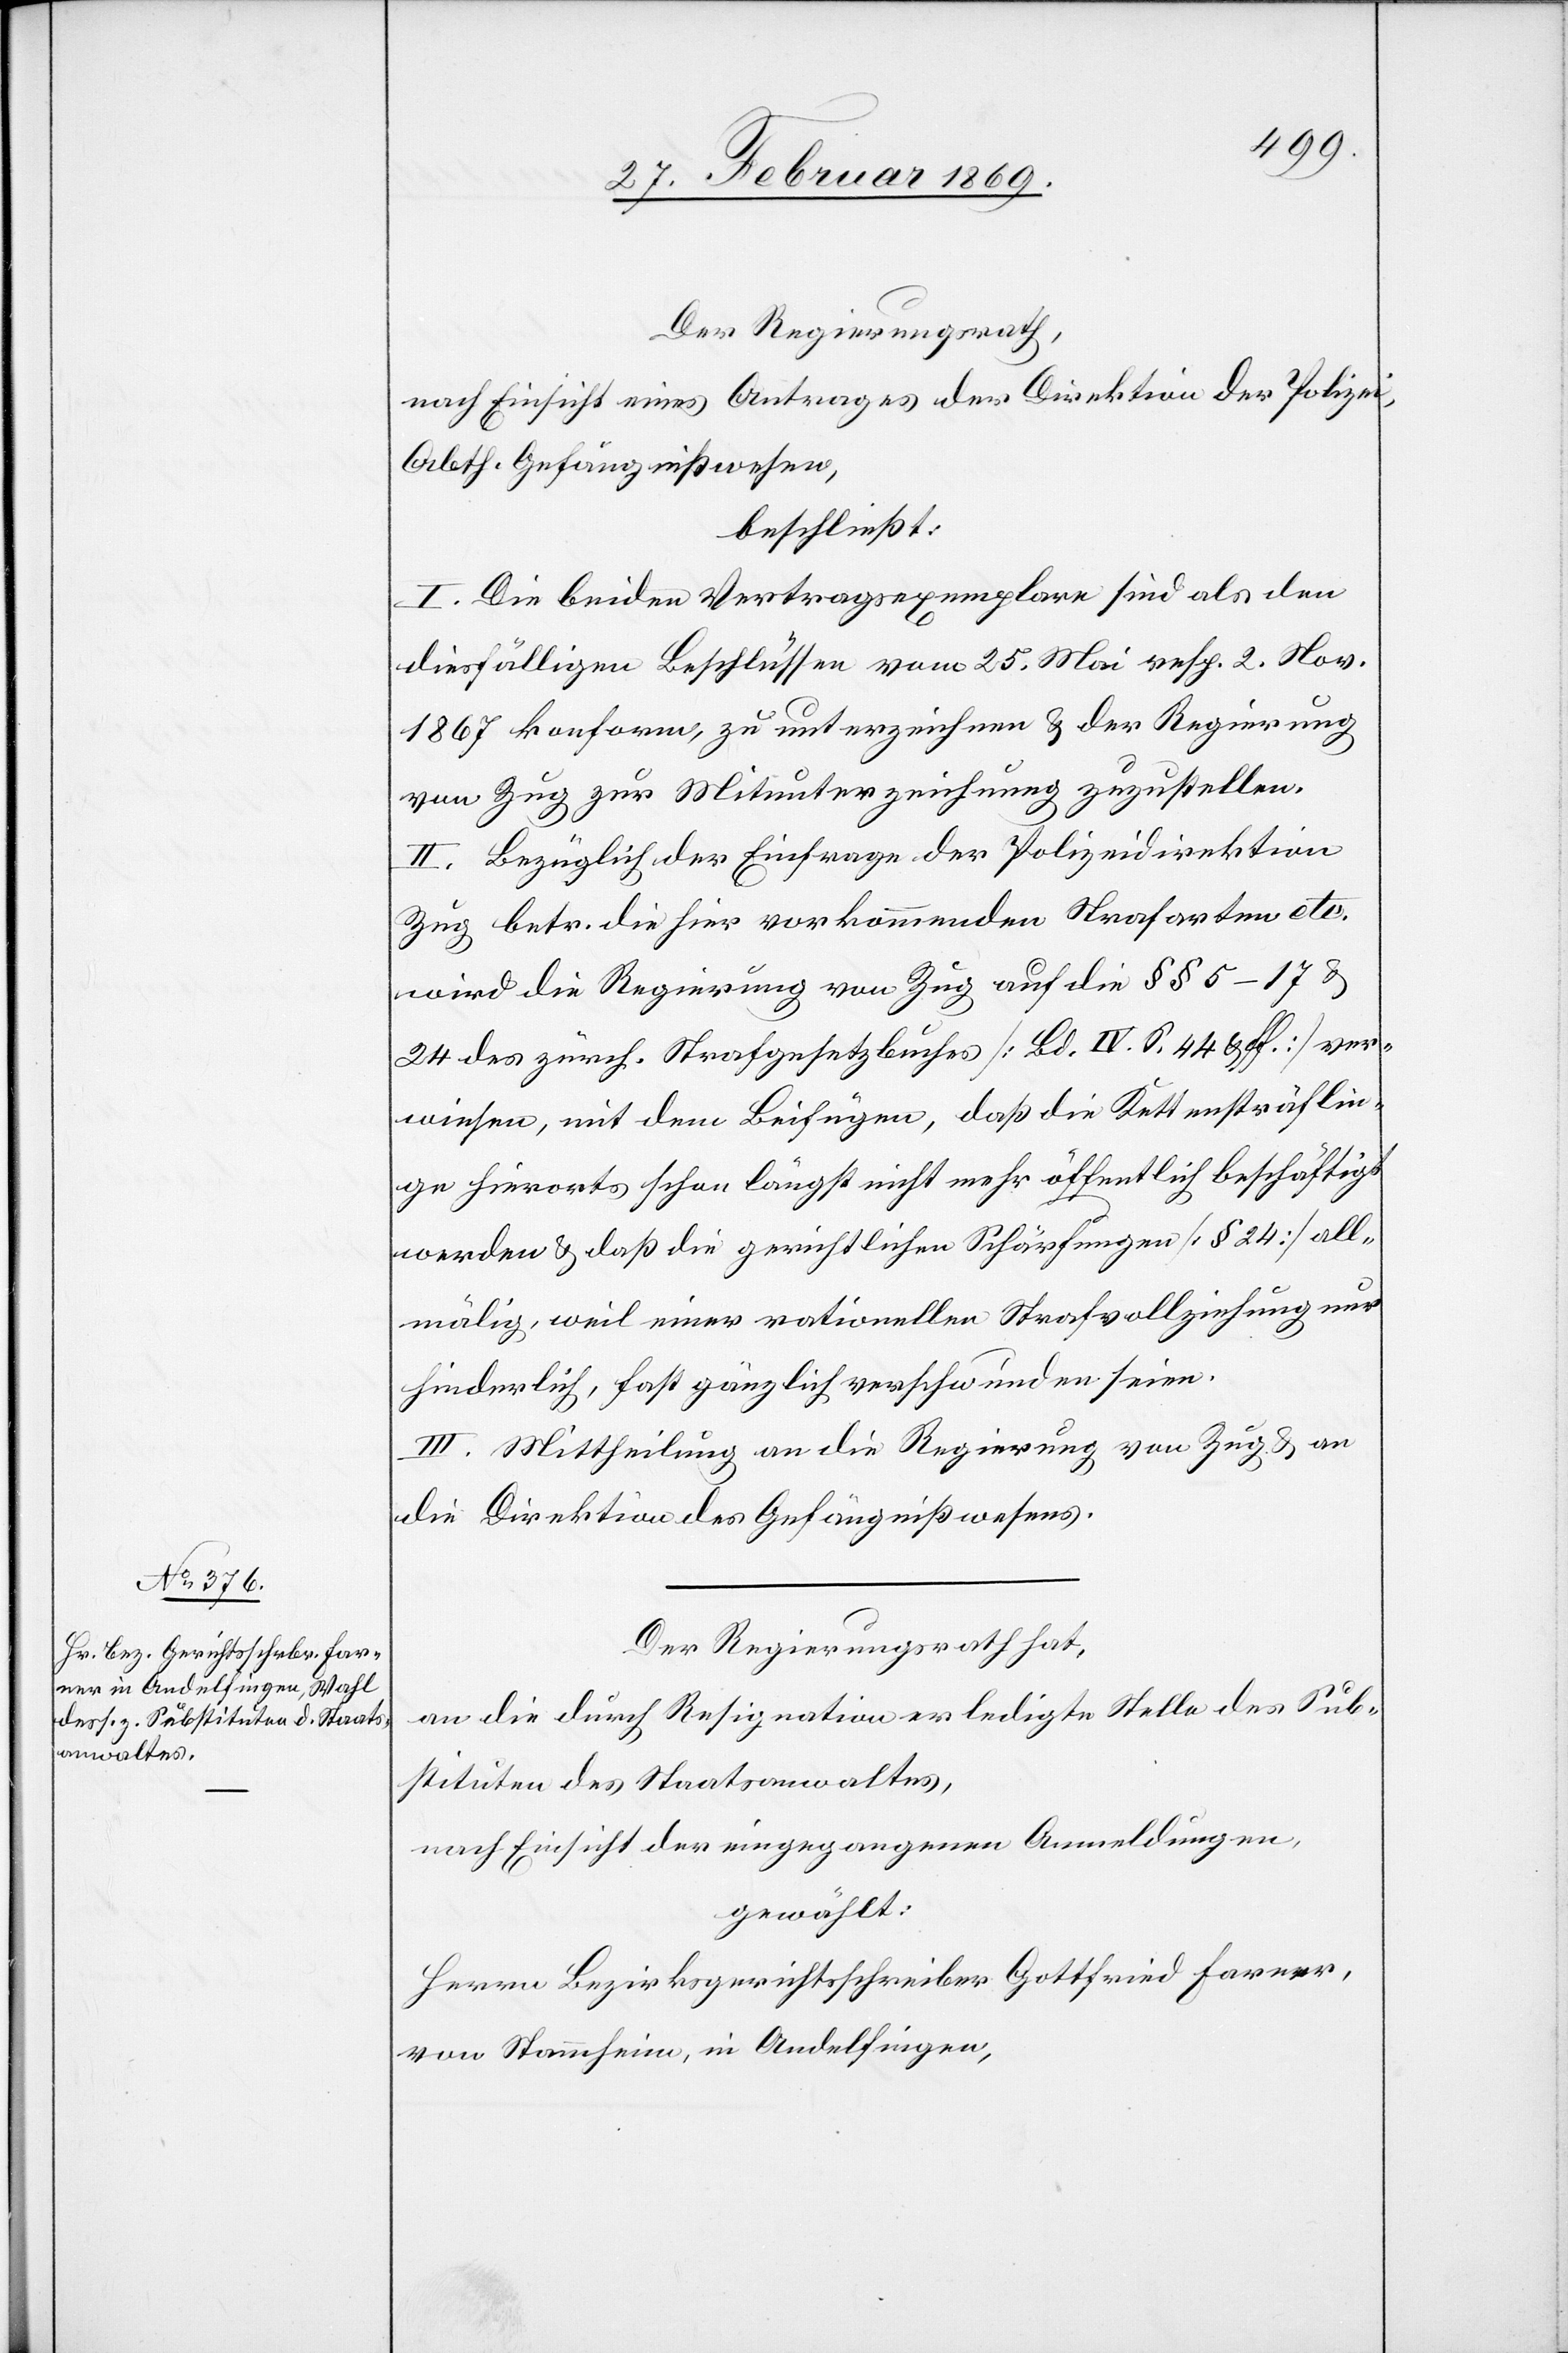
Der Regierungsrath,
nach Einsicht eines Antrages der Direktion der Polizei,
Abth. Gefängnißwesen,
beschließt:
I. Die beiden Vertragsexemplare sind als den
diesfälligen Beschlüssen vom 25. Mai resp. 2. Nov.
1867 konform, zu unterzeichnen & der Regierung
von Zug zur Mitunterzeichnung zuzustellen.
II. Bezüglich der Einfrage der Polizeidirektion
Zug betr. die hier vorkommenden Strafanstalten etc.
wird der Regierung von Zug auf die §§ 5–17 &
24 des zürch. Strafgesetzbuches [Bd. IV. S. 44 & ff] ver¬
wiesen, mit dem Beifügen, daß die Kettensträflin¬
ge hierorts schon längt nicht mehr öffentlich beschäftigt
werden & daß die gerichtlichen Schärfungen [§ 24] all¬
mälig, weil einer rationellen Strafvollziehung nur
hinderlich, fast gänzlich verschwunden seien.
III. Mittheilung an die Regierung von Zug & an
die Direktion des Gefängnißwesens.
Der Regierungsrath hat,
an die durch Resignation erledigte Stelle des Sub¬
stituten des Staatsanwaltes,
nach Einsicht der eingegangenen Anmeldungen,
gewählt:
Herrn Bezirksgerichtsschreiber Gottfried Farnes,
von Stammheim, in Andelfingen,